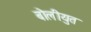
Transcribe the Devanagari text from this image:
बोलीयुत